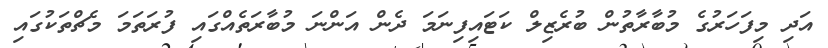
އަދި މިފަހަރުގެ މުބާރާތުން ބުރެޒިލް ކަޓައިފިނަމަ ދެން އަންނަ މުބާރަތެއްގައި ފުރަތަމަ މެޗްތަކުގައި